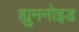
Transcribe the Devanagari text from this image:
ह्युमनोइड